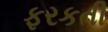
ફરકતી